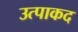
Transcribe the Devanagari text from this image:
उत्पाकद